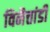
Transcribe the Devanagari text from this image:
विनैत्तांडी